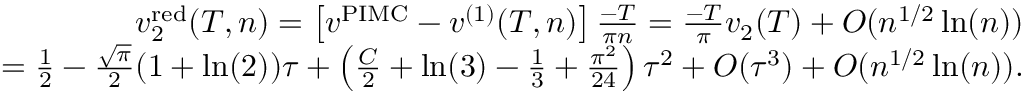
\begin{array} { r l r } & { } & { v _ { 2 } ^ { \mathrm { r e d } } ( T , n ) = \left[ v ^ { \mathrm { P I M C } } - v ^ { ( 1 ) } ( T , n ) \right] \frac { - T } { \pi n } = \frac { - T } { \pi } v _ { 2 } ( T ) + { \cal O } ( n ^ { 1 / 2 } \ln ( n ) ) } \\ & { } & { = \frac { 1 } { 2 } - \frac { \sqrt { \pi } } { 2 } ( 1 + \ln ( 2 ) ) \tau + \left( \frac { C } { 2 } + \ln ( 3 ) - \frac { 1 } { 3 } + \frac { \pi ^ { 2 } } { 2 4 } \right) \tau ^ { 2 } + { \cal O } ( \tau ^ { 3 } ) + { \cal O } ( n ^ { 1 / 2 } \ln ( n ) ) . } \end{array}